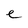
Character: e